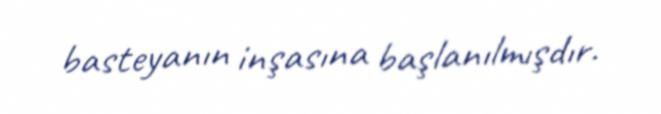
basteyanın inşasına başlanılmışdır.